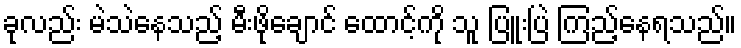
ခုလည်း မဲသဲနေသည့် မီးဖိုချောင် ထောင့်ကို သူ ပြူးပြဲ ကြည့်နေရသည်။